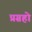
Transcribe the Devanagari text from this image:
प्रग्रहो